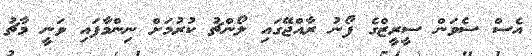
އެސް ސެވަން ސީރީޒްގެ ފޯނު ރާއްޖޭގައި ލޯންޗު ކުރުމަށް ނިންމާފައި ވަނީ މާޗު